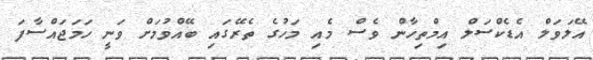
އޭލަވަލް އެޑެކްސަލް އިމްތިހާން ވެސް މެއި މަހުގެ ތެރޭގައި ބޭއްވުމަށް ވަނީ ހަމަޖައްސާފަ